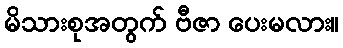
မိသားစုအတွက် ဗီဇာ ပေးမလား။